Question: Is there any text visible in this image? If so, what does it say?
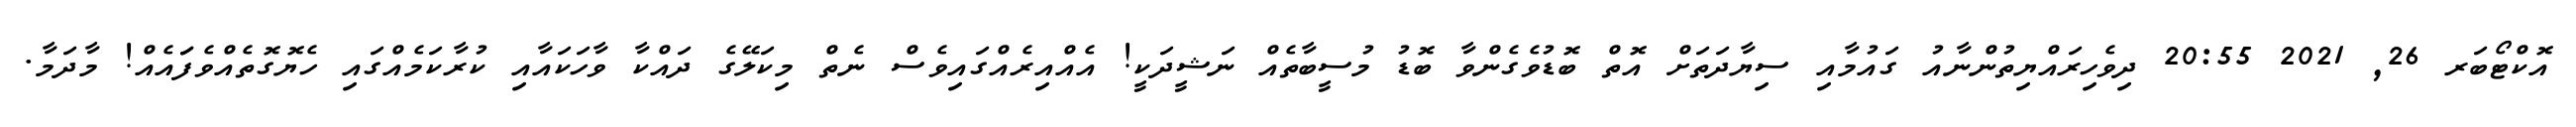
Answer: އޮކްޓޯބަރ 26, 2021 20:55 ދިވެހިރައްޔިތުންނާއު ގައުމާއި ސިޔާދަތަށް އޮތް ބޮޑުވެގެންވާ ބޮޑު މުސީބާތެއް ނަޝީދަކީ! އެއްއިރެއްގައިވެސް ނެތް މިކަލޭގެ ދައްކާ ވާހަކައާއި ކުރާކަމެއްގައި ހެޔޮގޮތެއްވެފަައެއް! މާދަމާ.